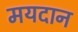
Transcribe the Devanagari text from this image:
मयदान